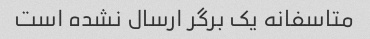
متاسفانه یک برگر ارسال نشده است